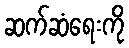
ဆက်ဆံရေးကို